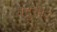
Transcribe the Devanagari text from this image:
यदुवीर